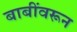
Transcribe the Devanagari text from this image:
बाबींवरून